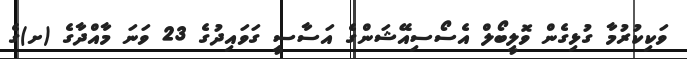
ވަކިކުރުމާ ގުޅިގެން ވޮލީބޯލް އެސޯސިއޭޝަންގެ އަސާސީ ގަވައިދުގެ 23 ވަނަ މާއްދާގެ (ށ)ގެ